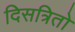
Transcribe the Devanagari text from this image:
दिसत्रितो